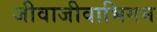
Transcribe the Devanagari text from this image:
जीवाजीवाभिगम